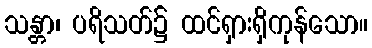
သန္တာ၊ ပရိသတ်၌ ထင်ရှားရှိကုန်သော။